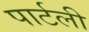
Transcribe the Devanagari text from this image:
पार्टली